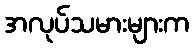
အလုပ်သမားများက